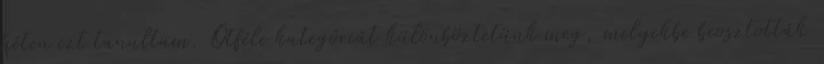
héten ezt tanultam. Ötféle kategóriát különböztetünk meg, melyekbe beosztották